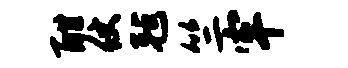
酣仗毡竺牢